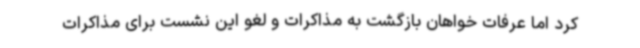
کرد اما عرفات خواهان بازگشت به مذاکرات و لغو این نشست برای مذاکرات